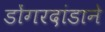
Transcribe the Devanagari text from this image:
डोंगरदांडाने